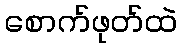
စောက်ဖုတ်ထဲ